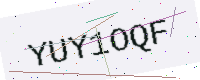
Text: YUY1OQF